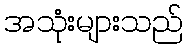
အသုံးများသည်